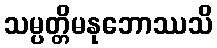
သမ္ပတ္တိမနုဘောဿသိ